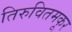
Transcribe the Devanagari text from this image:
तिरुवितमकूर